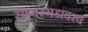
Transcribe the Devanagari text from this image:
सागरगडावरच